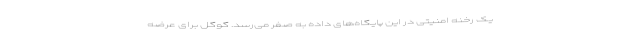
یک رخنه امنیتی در این پایگاه‌های داده به صفر می‌رسد. گوگل برای عرضه